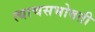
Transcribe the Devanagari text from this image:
त्याचसभोवती